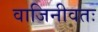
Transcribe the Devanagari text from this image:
वाजिनीवतः